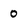
Character: 0